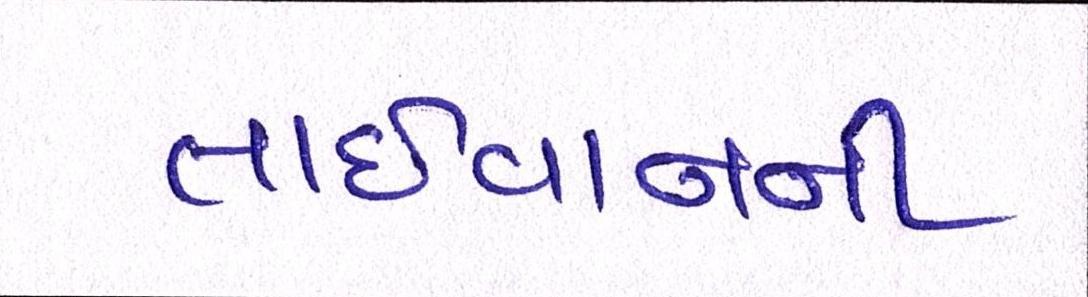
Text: તાઈવાનની